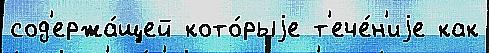
сод'ержа́щей кото́рыjе т'ече́н'иjе как